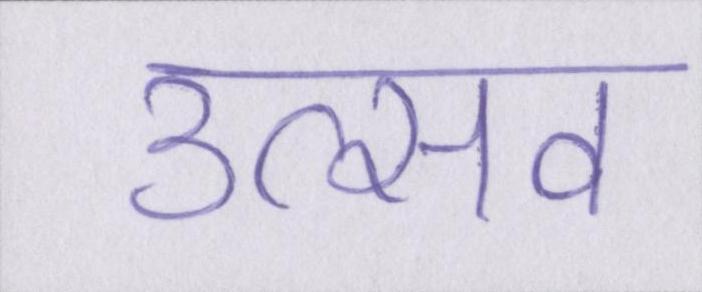
उत्सव